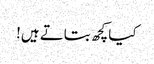
کیا کچھ بتاتے ہیں!